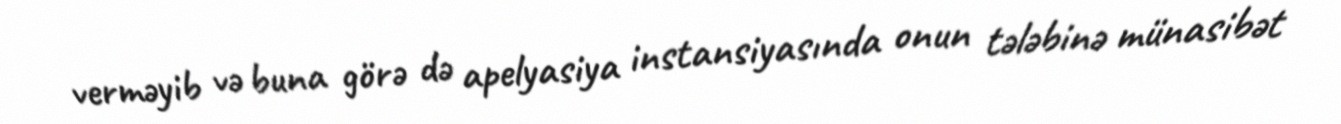
verməyib və buna görə də apelyasiya instansiyasında onun tələbinə münasibət